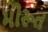
મીરૂત